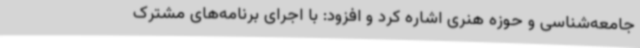
جامعه‌شناسی و حوزه هنری اشاره کرد و افزود: با اجرای برنامه‌های مشترک